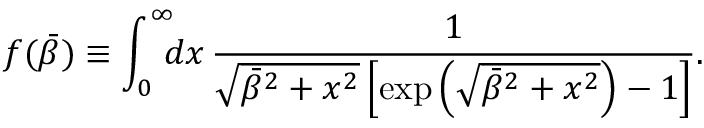
f ( \bar { \beta } ) \equiv \int _ { 0 } ^ { \infty } \! \! \! d x \, \frac { 1 } { \sqrt { \bar { \beta } ^ { 2 } + x ^ { 2 } } \left[ \exp \left( \sqrt { \bar { \beta } ^ { 2 } + x ^ { 2 } } \right) - 1 \right] } .